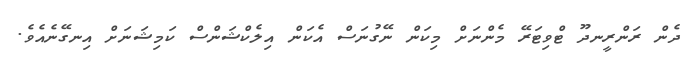
ދެން ރަންރީނދޫ ޓްވިޓަރޭ މެންނަށް މިކަން ނޭގުނަސް އެކަން އިލެކްޝަންސް ކަމިޝަނަށް އިނގޭނެއެވެ.